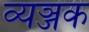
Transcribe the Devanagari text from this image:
व्यञ्जक